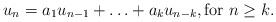
\begin{align*} u_n = a_1 u_{n-1} + \ldots + a_{k} u_{n-k}, \hbox{for $n \ge k$}. \end{align*}